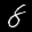
Label: 8